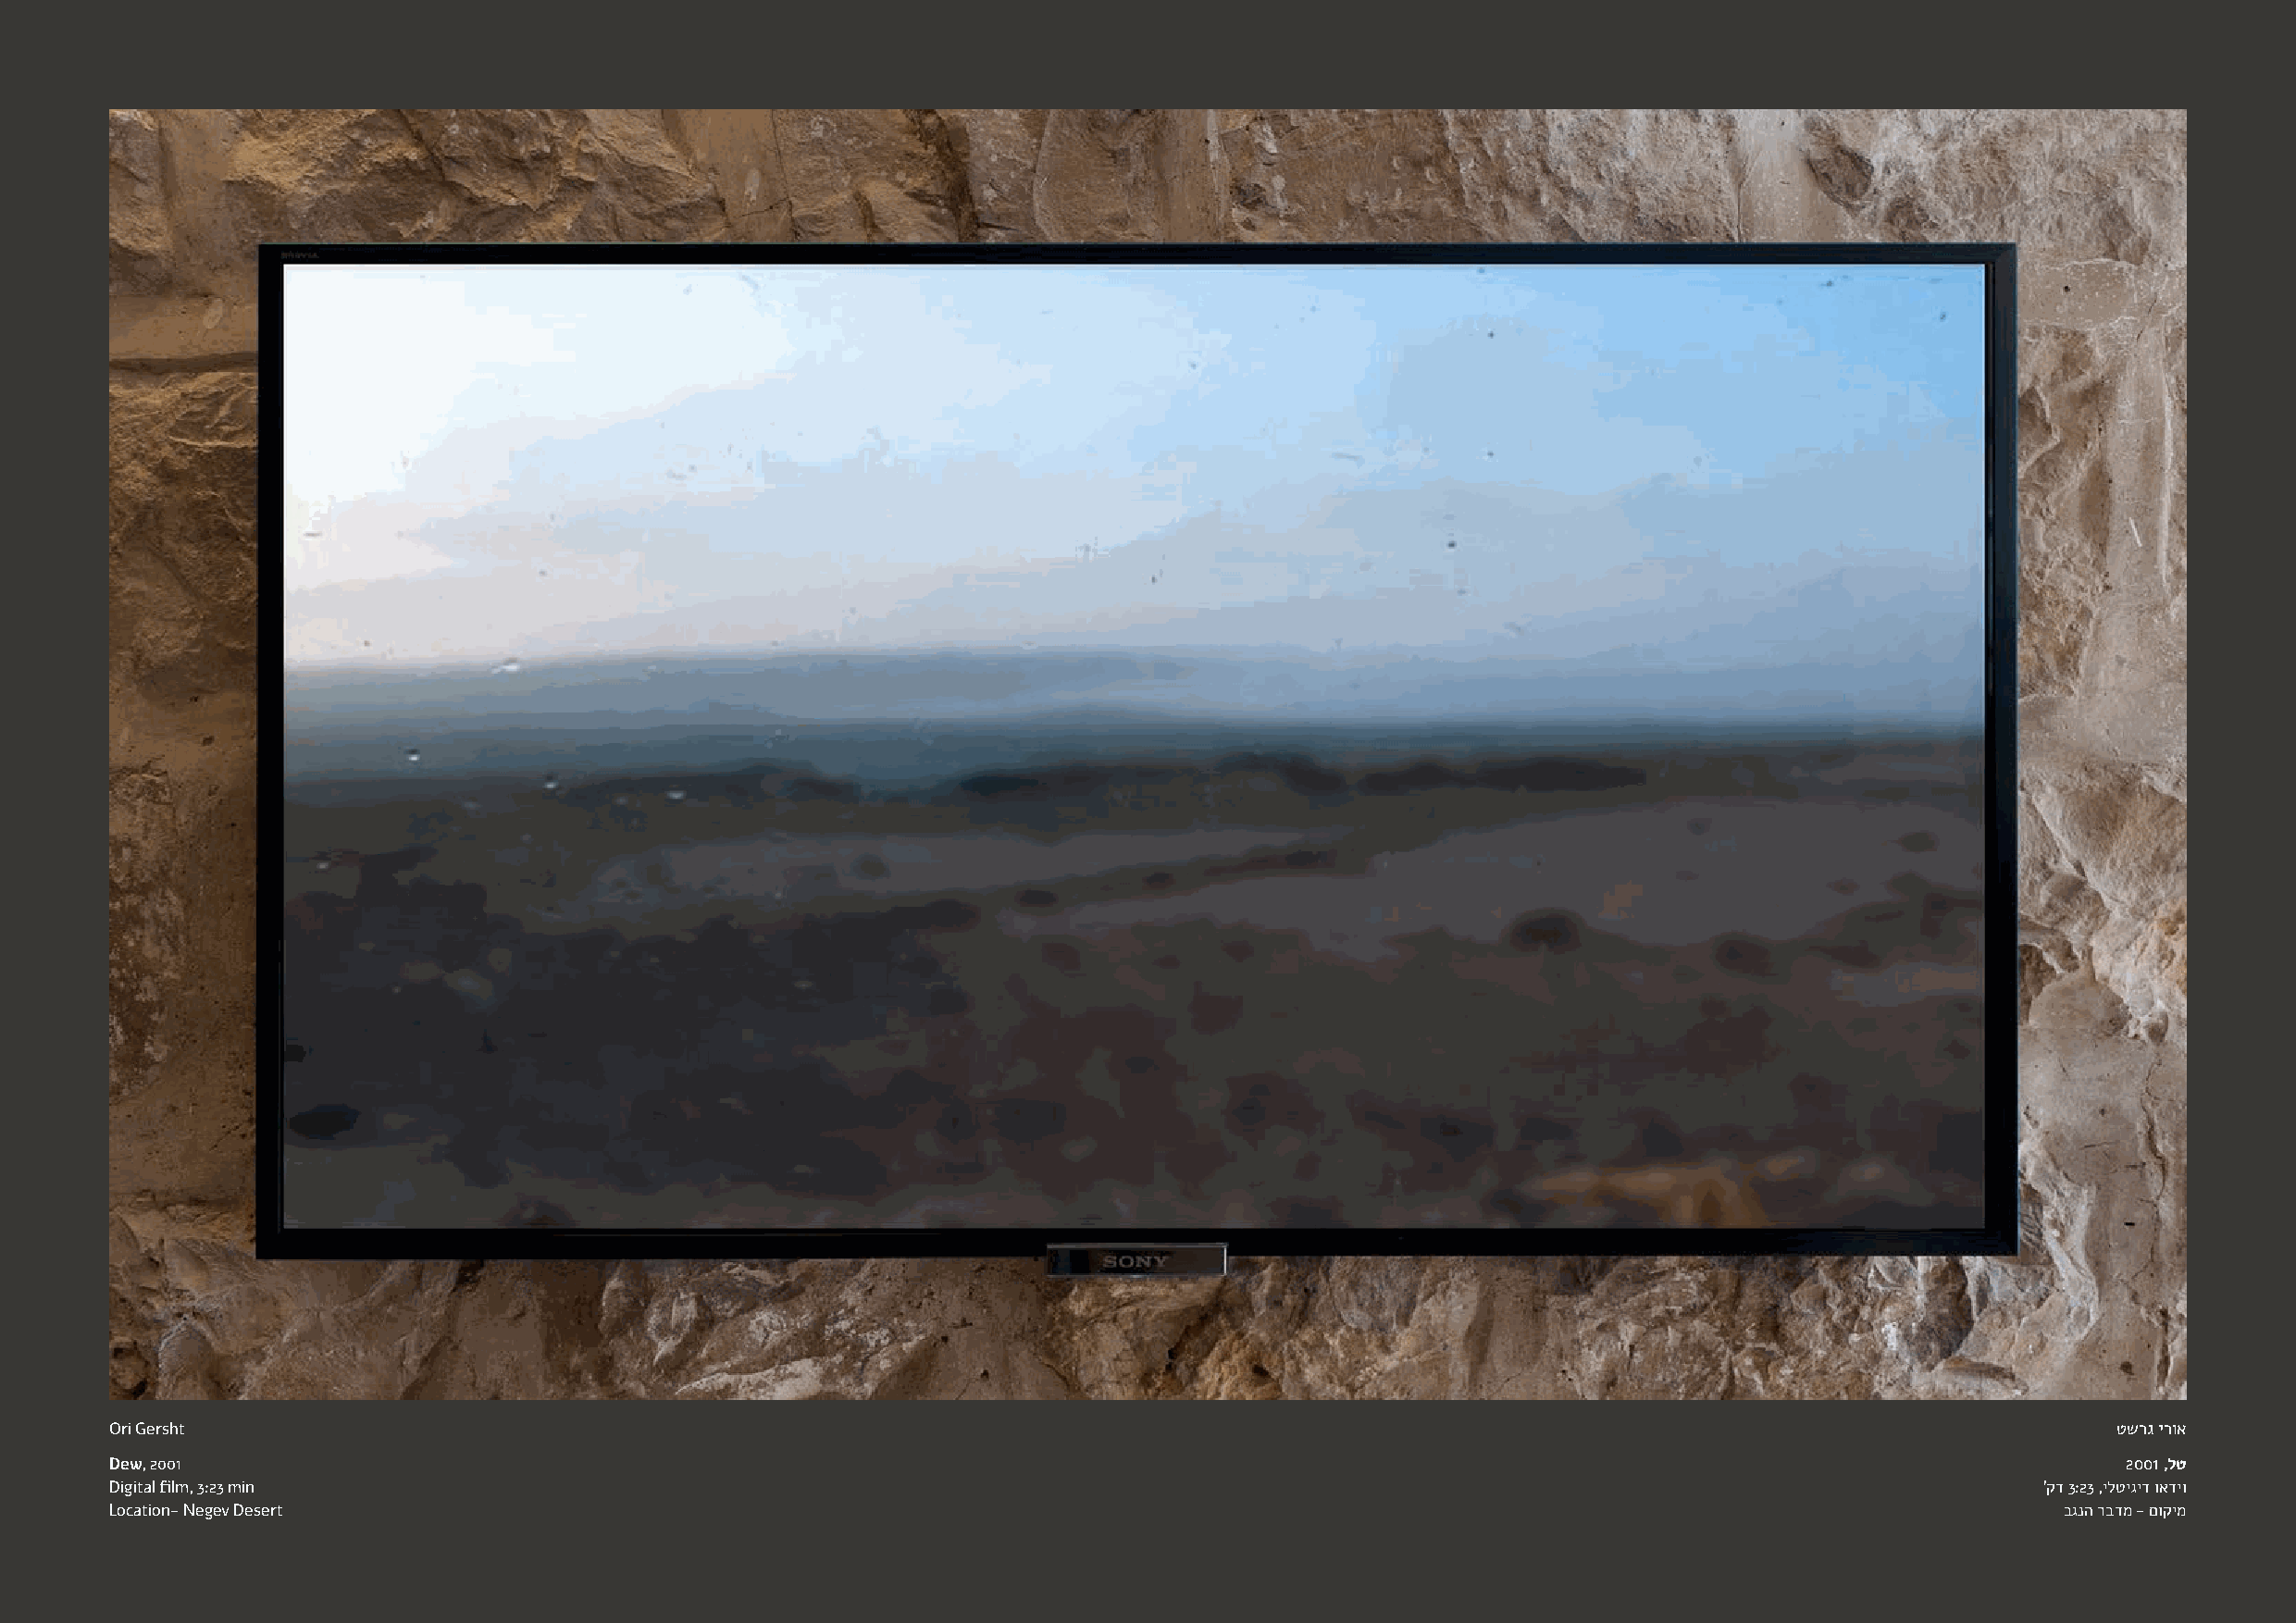
Ori Gersht                                                                                                                                     טשרג ירוא
 Dew, 2001                                                                                                                                       2001 ,לט
 Digital film, 3:23 min                                                                                                                    'קד 3:23 ,ילטיגיד ואדיו
 Location- Negev Desert                                                                                                                      בגנה רבדמ - םוקימ